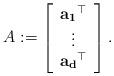
LaTeX: \begin{align*} A:= \left[ \begin{array}{ccc} \mathbf{a_1}^{\top} \\ \vdots \\ \mathbf{a_d}^{\top} \end{array}\right].\end{align*}